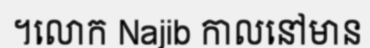
។លោក Najib កាលនៅមាន